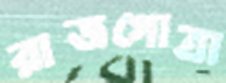
রাজগোত্রা